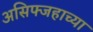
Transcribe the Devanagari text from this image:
असिफ्जहाच्या